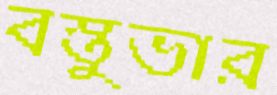
বস্তুভার